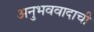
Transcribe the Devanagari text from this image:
अनुभववादाची